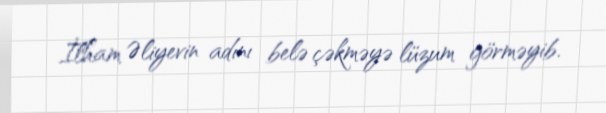
İlham Əliyevin adını belə çəkməyə lüzum görməyib.